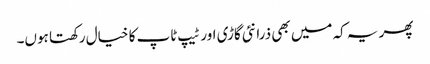
پھر یہ کہ میں بھی ذرا نئی گاڑی اور ٹیپ ٹاپ کا خیال رکھتا ہوں۔